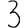
Digit: 3